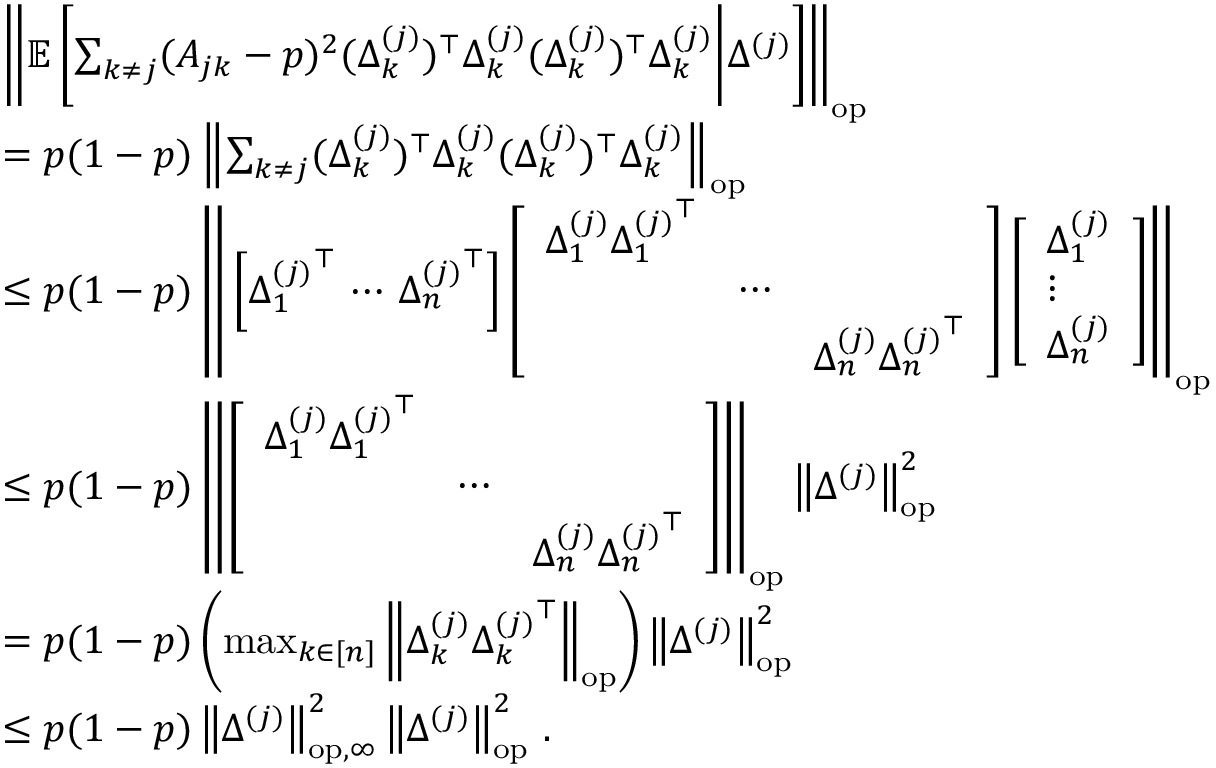
\begin{array} { r l } & { \left\| { \mathbb { E } \left[ \sum _ { k \neq j } ( A _ { j k } - p ) ^ { 2 } ( \Delta _ { k } ^ { ( j ) } ) ^ { \top } \Delta _ { k } ^ { ( j ) } ( \Delta _ { k } ^ { ( j ) } ) ^ { \top } \Delta _ { k } ^ { ( j ) } \Bigg | \Delta ^ { ( j ) } \right] } \right\| _ { \mathrm { o p } } } \\ & { = p ( 1 - p ) \left\| { \sum _ { k \neq j } ( \Delta _ { k } ^ { ( j ) } ) ^ { \top } \Delta _ { k } ^ { ( j ) } ( \Delta _ { k } ^ { ( j ) } ) ^ { \top } \Delta _ { k } ^ { ( j ) } } \right\| _ { \mathrm { o p } } } \\ & { \leq p ( 1 - p ) \left\| { \, \left[ { \Delta _ { 1 } ^ { ( j ) } } ^ { \top } \, \cdots \, { \Delta _ { n } ^ { ( j ) } } ^ { \top } \right] \left[ \begin{array} { l l l } { { \Delta _ { 1 } ^ { ( j ) } } { \Delta _ { 1 } ^ { ( j ) } } ^ { \top } } & & \\ & { \cdots } & \\ & & { { \Delta _ { n } ^ { ( j ) } } { \Delta _ { n } ^ { ( j ) } } ^ { \top } } \end{array} \right] \left[ \begin{array} { l } { \Delta _ { 1 } ^ { ( j ) } } \\ { \vdots } \\ { \Delta _ { n } ^ { ( j ) } } \end{array} \right] } \right\| _ { \mathrm { o p } } } \\ & { \leq p ( 1 - p ) \left\| { \left[ \begin{array} { l l l } { { \Delta _ { 1 } ^ { ( j ) } } { \Delta _ { 1 } ^ { ( j ) } } ^ { \top } } & & \\ & { \cdots } & \\ & & { { \Delta _ { n } ^ { ( j ) } } { \Delta _ { n } ^ { ( j ) } } ^ { \top } } \end{array} \right] } \right\| _ { \mathrm { o p } } \left\| { \Delta ^ { ( j ) } } \right\| _ { \mathrm { o p } } ^ { 2 } } \\ & { = p ( 1 - p ) \left( \operatorname* { m a x } _ { k \in [ n ] } \left\| { \Delta _ { k } ^ { ( j ) } { \Delta _ { k } ^ { ( j ) } } ^ { \top } } \right\| _ { \mathrm { o p } } \right) \left\| { \Delta ^ { ( j ) } } \right\| _ { \mathrm { o p } } ^ { 2 } } \\ & { \leq p ( 1 - p ) \left\| { \Delta ^ { ( j ) } } \right\| _ { \mathrm { o p , \infty } } ^ { 2 } \left\| { \Delta ^ { ( j ) } } \right\| _ { \mathrm { o p } } ^ { 2 } \, . } \end{array}